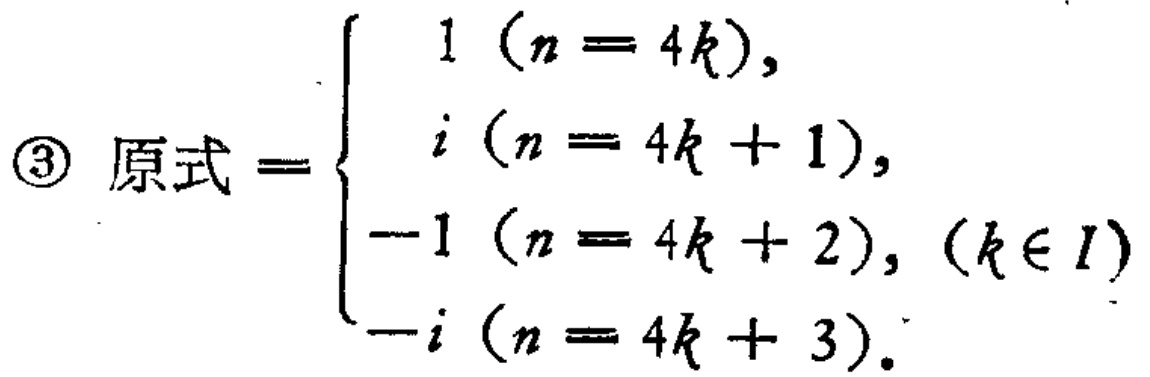
\textcircled{3} 原式$=\begin{cases}

1 \ (n = 4k),\\

i \ (n = 4k + 1),\\

-1 \ (n = 4k + 2), \ (k\in I)\\

-i \ (n = 4k + 3).

\end{cases}$